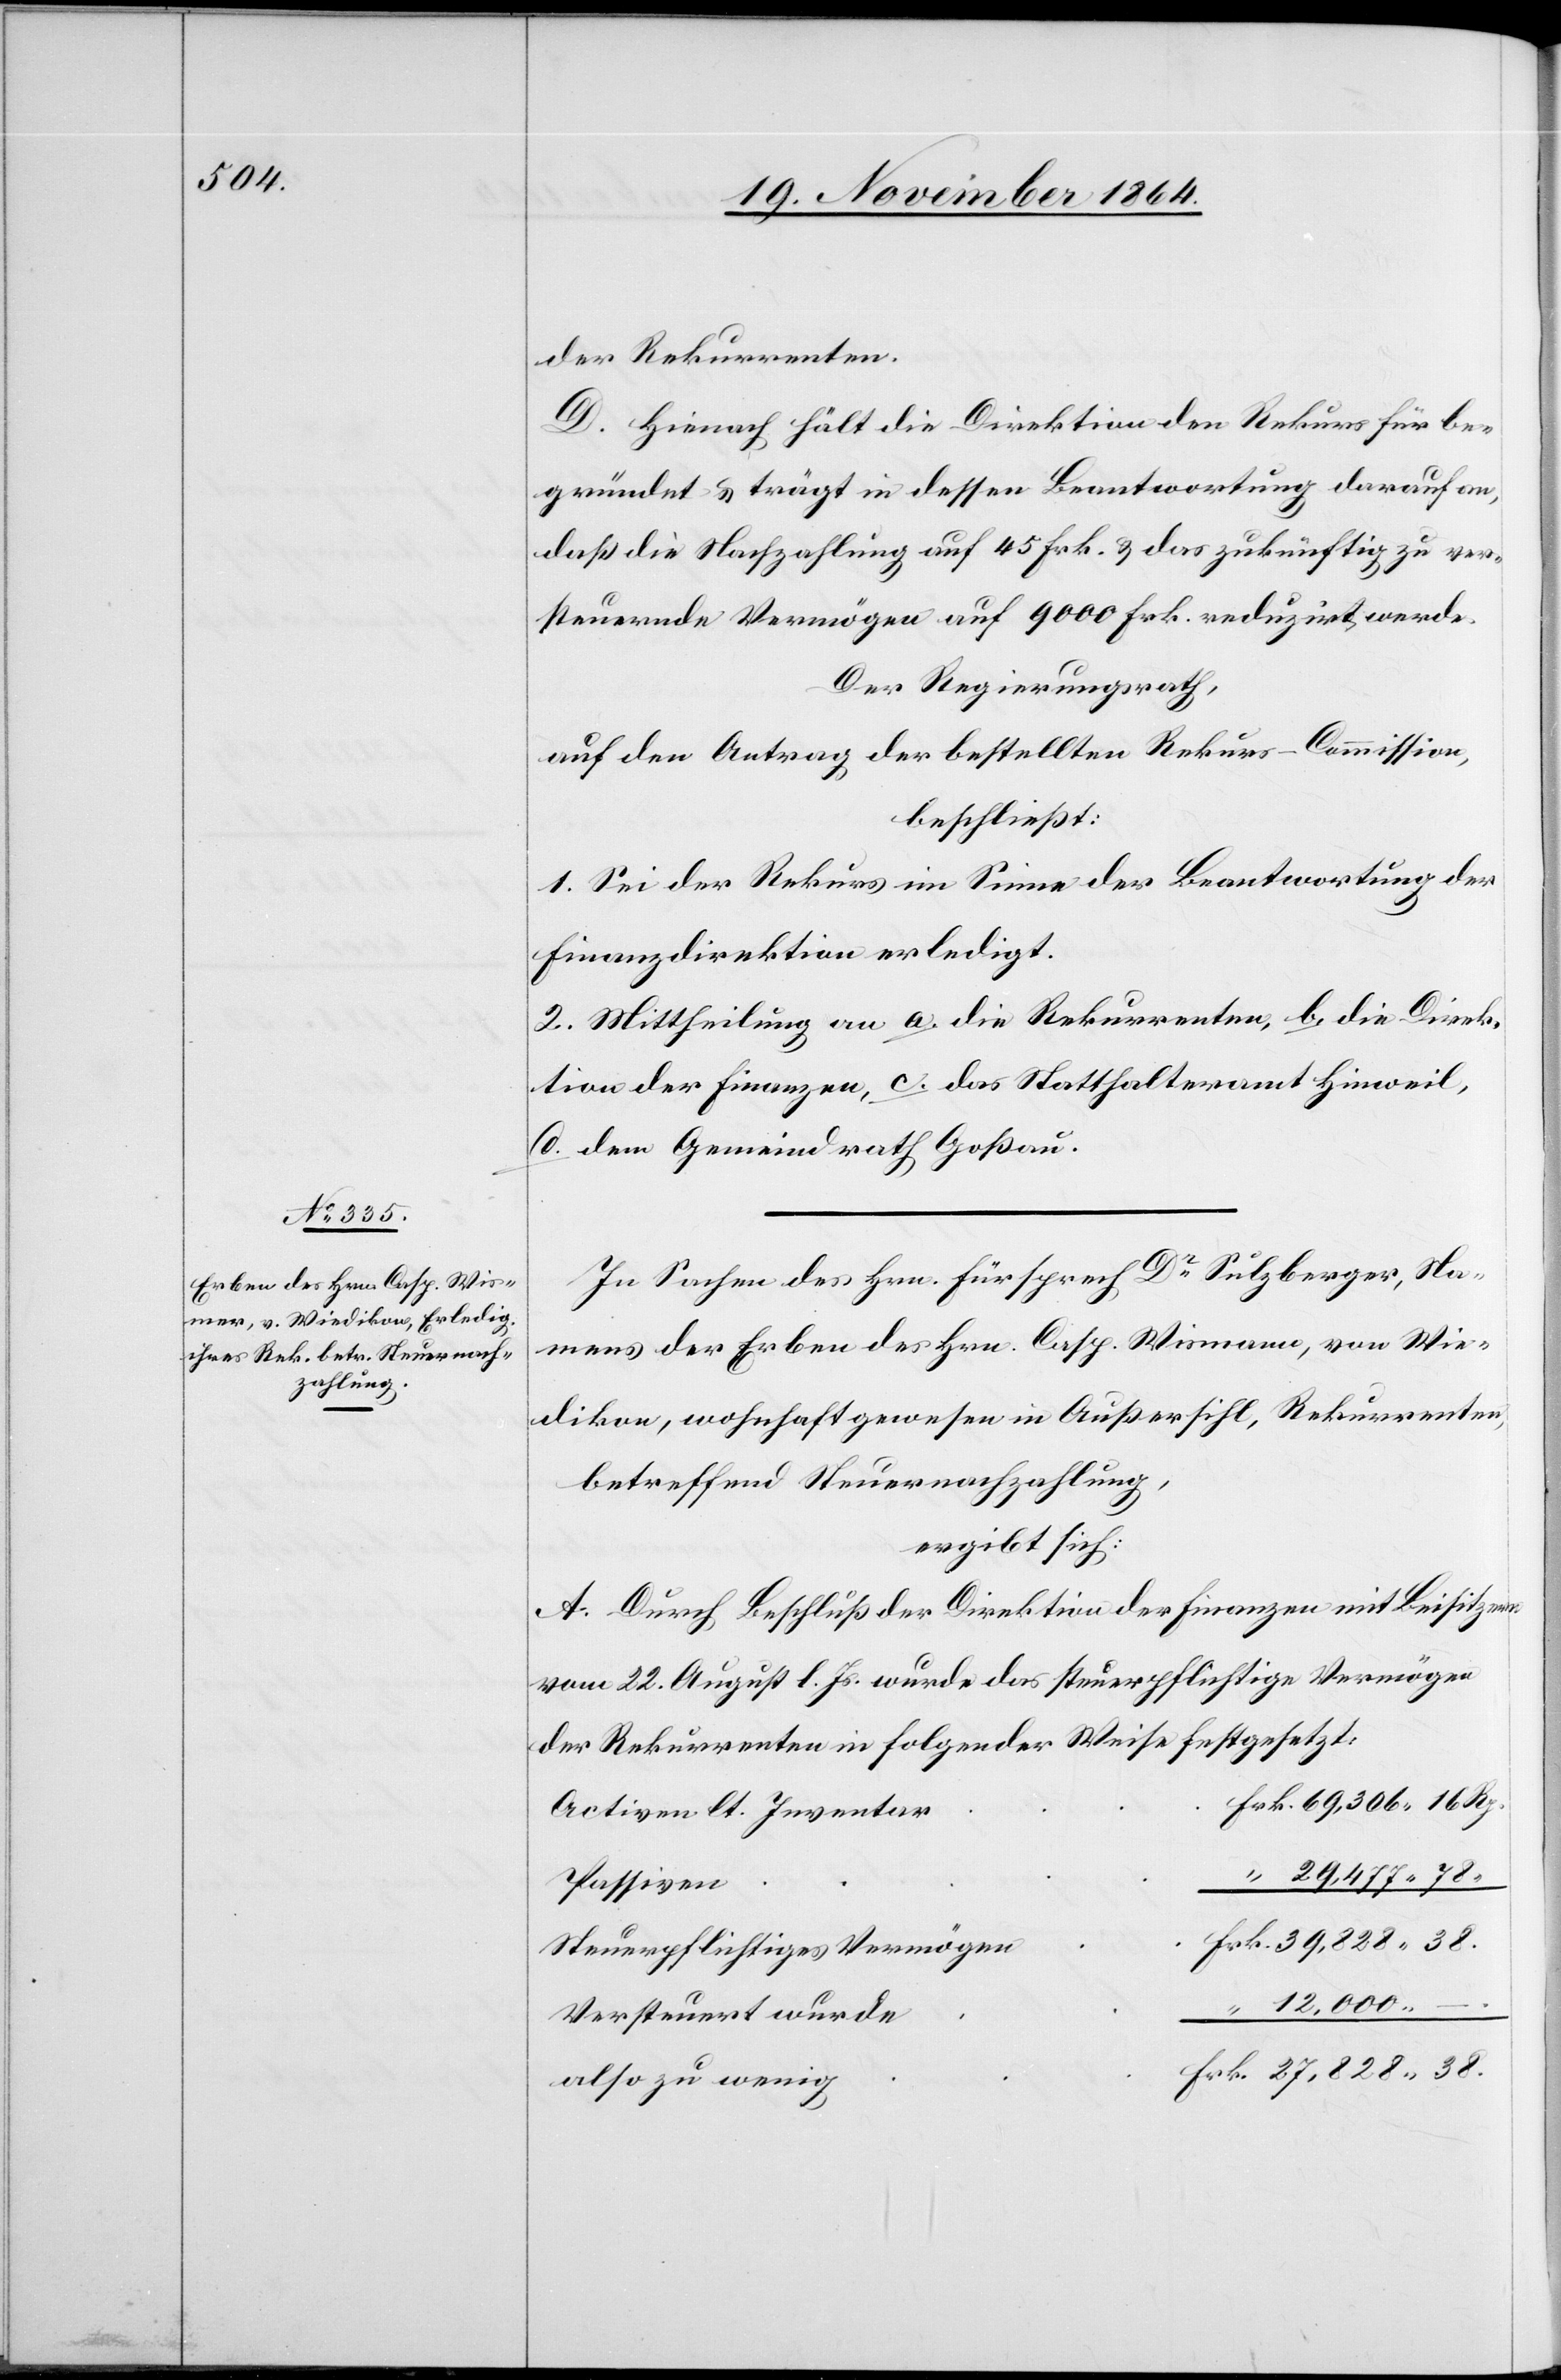
.

der Rekurrenten.
D. Hienach hält die Direktion den Rekurs für be¬
gründet & trägt in dessen Beantwortung darauf an,
daß die Nachzahlung auf 45 Frk. & das zukünftig zu ver¬
steuernde Vermögen auf 9000 Frk. reduzirt werde.
Der Regierungsrath,
auf den Antrag der bestellten Rekurs-Commission,
beschließt:
1. Sei der Rekurs im Sinne der Beantwortung der
Finanzdirektion erledigt.
2. Mittheilung an a. die Rekurrenten, b. die Direk¬
tion der Finanzen, c. das Statthalteramt Hinweil,
d. den Gemeindrath Goßau.
In Sachen des Hrn. Fürsprech Dr Sulzberger, Na¬
mens der Erben des Hrn. Casp. Wismann, von Wie¬
dikon, wohnhaft gewesen in Außersihl, Rekurrenten,
betreffend Steuernachzahlung,
ergibt sich:
A. Durch Beschluß der Direktion der Finanzen mit Beisitzern
vom 22. August l. Js. wurde das steuerpflichtige Vermögen
der Rekurrenten in folgender Weise festgesetzt:
Activen lt. Inventar
Passiven
Steuerpflichtiges Vermögen
“
12,000. –
Versteuert wurde
also zu wenig